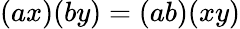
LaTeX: (ax)(by)=(ab)(xy)